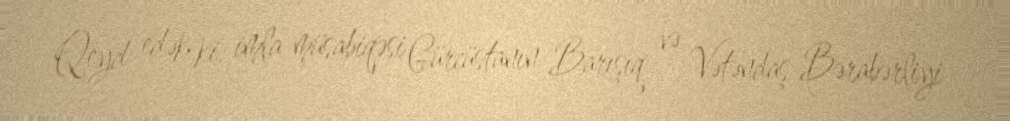
Qeyd edək ki, imla müsabiqəsi Gürcüstanın Barışıq və Vətəndaş Bərabərliyi